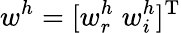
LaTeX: w^{h}=[w_{r}^{h}\; w_{i}^{h}]^{\mathrm{T}}